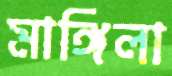
মাঙ্গিলা